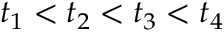
t _ { 1 } < t _ { 2 } < t _ { 3 } < t _ { 4 }